Civil Veterinary Department Bihar reports 1940-50 - 1940-1950
Year: 1940
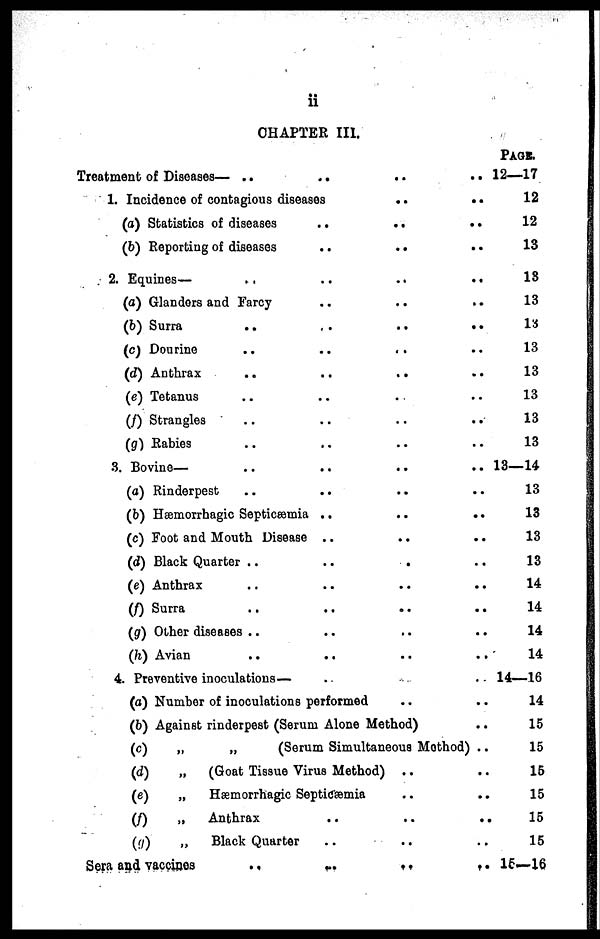
ii
CHAPTER III.
Treatment of Diseases— ..
......
1. Incidence of contagious diseases
..
..
(a) Statistics of diseases
..
..
..
(b) Reporting of diseases
.....
2. Equines—
..
......
(a) Glandors and Farcy
..
....
(b) Surra
..
..
..
..
(c) Dourine
..
..
..
..
(d) Anthrax
..
..
..
..
(e) Tetanus
..
..
..
..
(f) Strangles
..
..
..
..
(g) Rabies .. .. .. ..
3. Bovine—
..
......
(a) Rinderpest
..
......
(b) Hæmorrhagic Septicæmia
......
(c) Foot and Mouth Disease
......
(d) Black Quarter ..
......
(e) Anthrax
..
......
(f) Surra
......
(g) Other diseases ..
......
(h) Avian
..
......
4. Preventive inoculations—..
(a) Number of inoculations
performed....
(b) Against rinderpest (Serum Alone
Method)..
(c)
„
„
(Serum Simultaneous Mothod)..
(d)
„
(Goat Tissue Virus
Method)....
(e)
„
Hæmorrhagic
Septicæmia....
(f)
„
Anthrax
..
......
(g)
„
Black
Quarter......
Sera and vaccines
..
.......
PAGE.
12—17
12
12
13
13
13
13
13
13
13
13
13
13—14
13
13
13
13
14
14
14
14
14—16
14
15
15
15
15
15
15
15—16